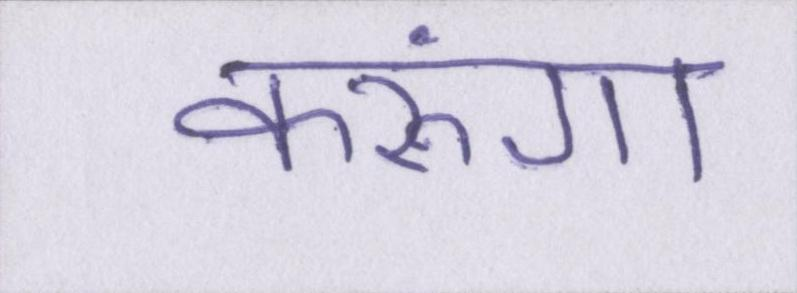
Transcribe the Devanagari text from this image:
करूंगा